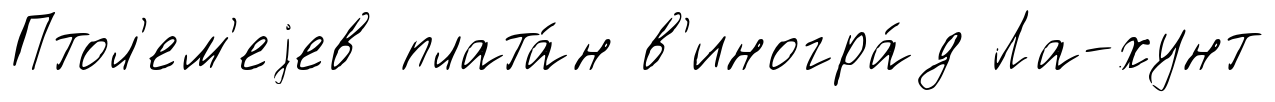
Птол'ем'еjев плата́н в'иногра́д Ла-хунт